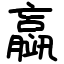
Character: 䇔